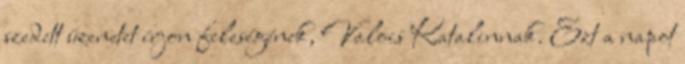
szedett üzenetet írjon feleségének, Valois Katalinnak. Ezt a napot